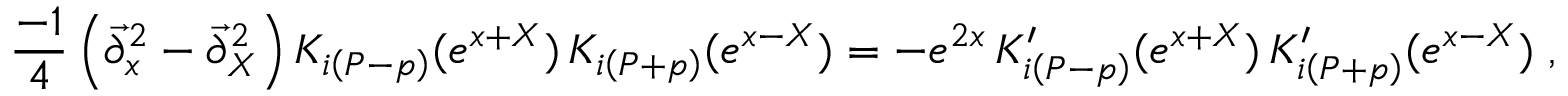
\frac { - 1 } { 4 } \left( \overrightarrow { \partial } _ { x } ^ { 2 } - \overrightarrow { \partial } _ { X } ^ { 2 } \right) K _ { i \left( P - p \right) } ( e ^ { x + X } ) \, K _ { i \left( P + p \right) } ( e ^ { x - X } ) = - e ^ { 2 x } \, K _ { i \left( P - p \right) } ^ { \prime } ( e ^ { x + X } ) \, K _ { i \left( P + p \right) } ^ { \prime } ( e ^ { x - X } ) \; ,